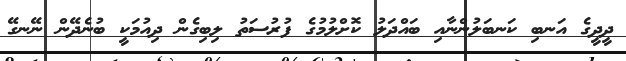
ދީދީގެ އަނބި ކަނބަލުންނާއި ބައްދަލު ކޮށްލުމުގެ ފުރުސަތު ލިބިގެން ދިއުމަކީ ބުނެދޭން ނޭނގޭ